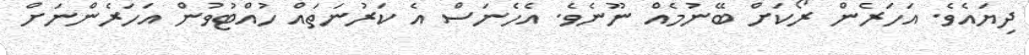
ދިޔައެވެ. އަހަރެން ރޯކަށް ބޭނުމެެއް ނޫނެވެ. އެހެނަސް އެ ކަރުނަތައް ހުއްޓުވުން އަހަރެންނަށް